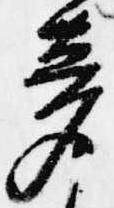
夢